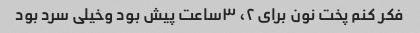
فکر کنم پخت نون براى ٢، ٣ساعت پیش بود وخیلى سرد بود